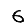
Digit: 6